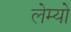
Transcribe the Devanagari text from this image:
लेम्यो